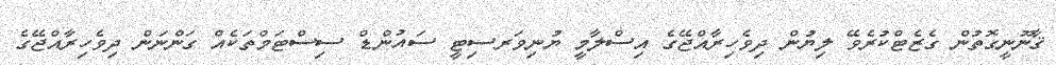
ޤާނޫނީގޮތުން ގެޒެޓްކުރެވޭ ލިޔުން ދިވެހިރާއްޖޭގެ އިސްލާމީ ޔުނިވަރސިޓީ ސައުންޑް ސިސްޓަމްތަކެއް ގަންނަން ދިވެހިރާއްޖޭގެ